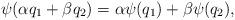
LaTeX: \begin{align*}\psi(\alpha q_1 + \beta q_2) = \alpha \psi(q_1) + \beta \psi(q_2), \end{align*}